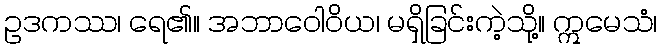
ဥဒကဿ၊ ရေ၏။ အဘာဝေါဝိယ၊ မရှိခြင်းကဲ့သို့။ ဣမေသံ၊